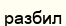
разбил